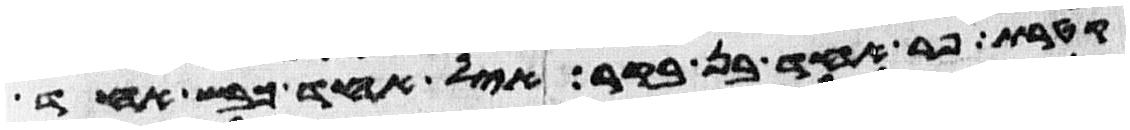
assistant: קטרת פר אחד בן בקר איל אחד כבש אחד